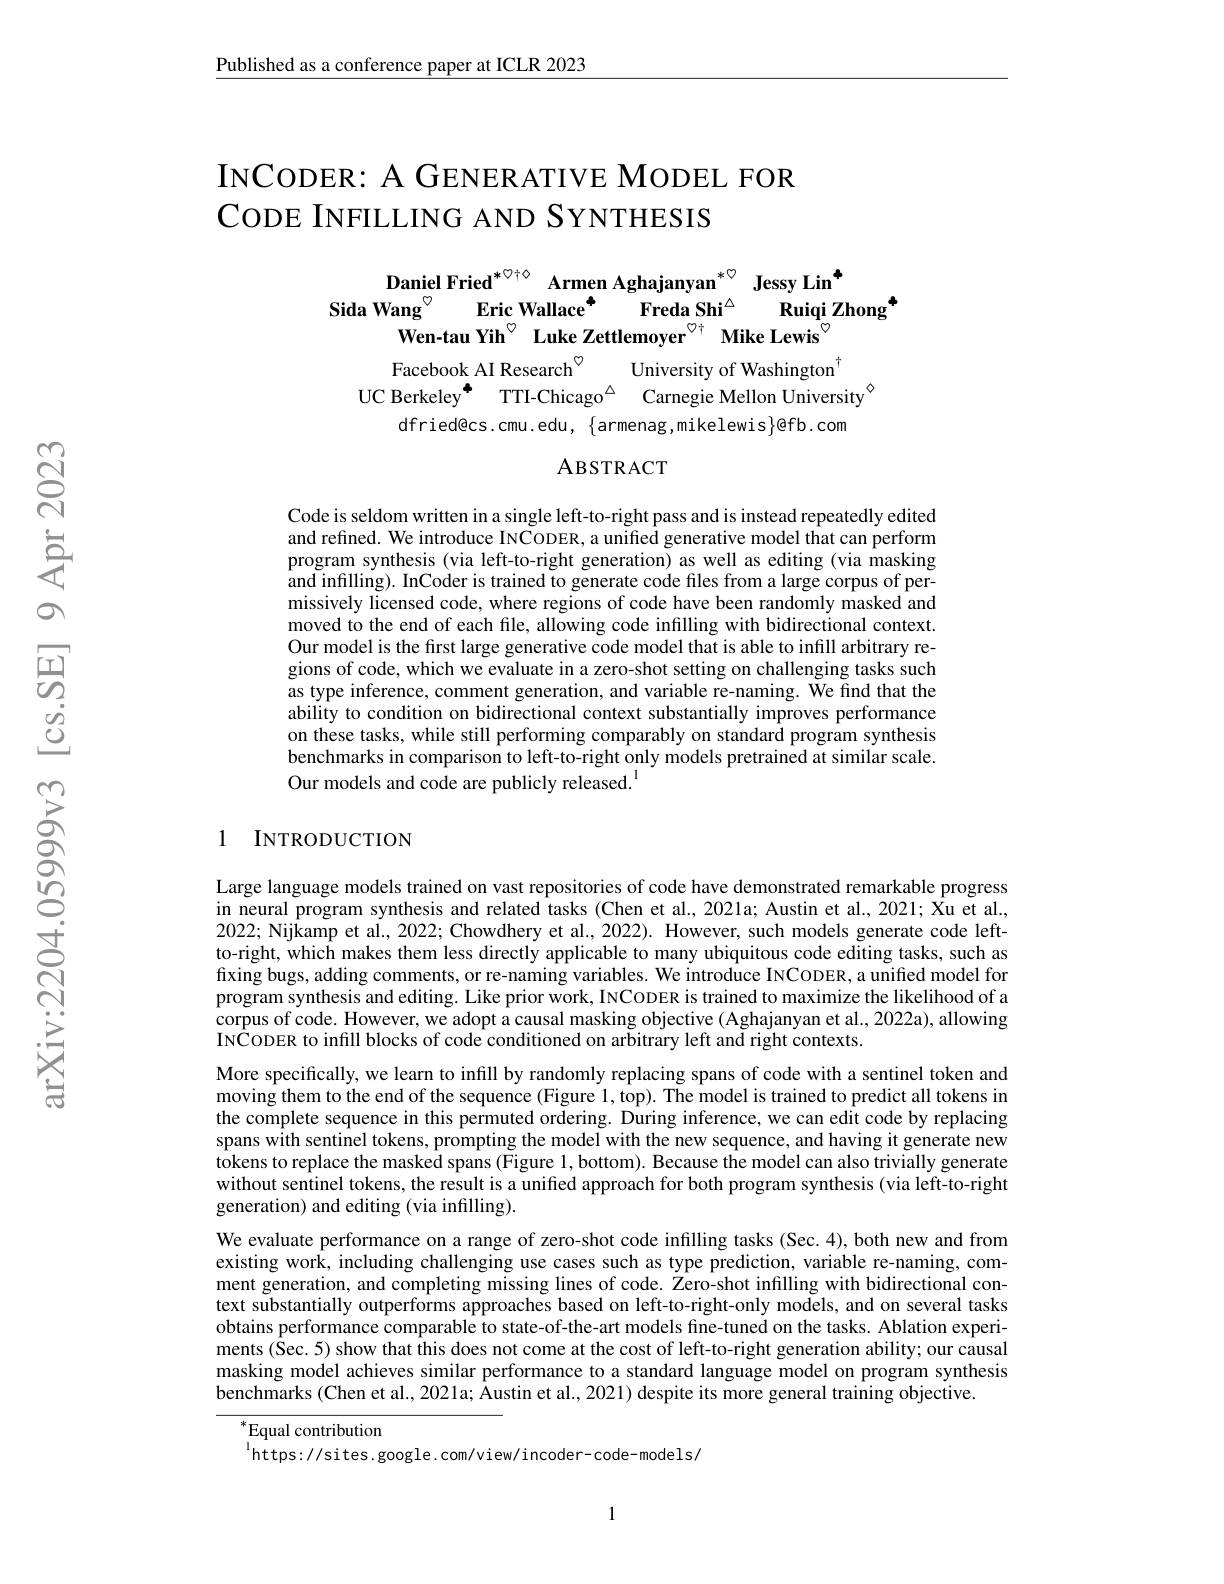
Published as a conference paper at ICLR 2023

# INCODER: A GENER ATIVE MODEL FOR CODE INFILLING AND SYNTHESIS

$\textbf{Daniel Fried}^{* \heartsuit \dagger \diamond }$ $\textbf{Armen Aghajanyan}^{* \heartsuit }$ $\textbf{Jessy Lin}^{\bullet }$
Freda Shi$^{\Delta}$
Sida Wang$^{\circ}$
Eric Wallace$^{\mathrm{\Phi}}$
$\mathrm{Ruiqi~Zhong}^{*}$
${\mathrm{Wen-tau~Yih}^{\circ}}$ Luke Zettlemoyer$^{\textcircled{7}\dagger}\textbf{Mike Lewis}^{\circ}$ Facebook AI Research$^{\circ}$ University of Washington$^{\dagger}$
UC Berkeley$^{\bullet }$ TTI-Chicago$^{\Delta }$ Carnegie Mellon University$^{\circ}$
dfried@cs.cmu.edu, $\{$armenag,mikelewis$\}$@fb.com

ABSTRACT

Code is seldom written in a single left-to-right pass and is instead repeatedly edited and refined. We introduce INCODER, a unified generative model that can perform program synthesis (via left-to-right generation) as well as editing (via masking and infilling). InCoder is trained to generate code files from a large corpus of permissively licensed code, where regions of code have been randomly masked and moved to the end of each file, allowing code infilling with bidirectional context. Our model is the first large generative code model that is able to infill arbitrary regions of code, which we evaluate in a zero-shot setting on challenging tasks such as type inference, comment generation, and variable re-naming. We find that the ability to condition on bidirectional context substantially improves performance on these tasks, while still performing comparably on standard program synthesis benchmarks in comparison to left-to-right only models pretrained at similar scale. Our models and code are publicly released.$^{1}$

### 1 INTRODUCTION

Large language models trained on vast repositories of code have demonstrated remarkable progress in neural program synthesis and related tasks (Chen et al., 2021a; Austin et al., 2021; Xu et al., 2022; Nijkamp et al., 2022; Chowdhery et al., 2022). However, such models generate code leftto-right, which makes them less directly applicable to many ubiquitous code editing tasks, such as fixing bugs, adding comments, or re-naming variables. We introduce INCODER, a unified model for program synthesis and editing. Like prior work, INCODER is trained to maximize the likelihood of a corpus of code. However, we adopt a causal masking objective ( Aghajanyan et al., 2022a), allowing INCODER to infill blocks of code conditioned on arbitrary left and right contexts.
More specifically, we learn to infill by randomly replacing spans of code with a sentinel token and moving them to the end of the sequence (Figure 1, top). The model is trained to predict all tokens in the complete sequence in this permuted ordering. During inference, we can edit code by replacing spans with sentinel tokens, prompting the model with the new sequence, and having it generate new tokens to replace the masked spans (Figure 1,bottom). Because the model can also trivially generate without sentinel tokens, the result is a unified approach for both program synthesis (via left-to-right generation) and editing (via infilling).
We evaluate performance on a range of zero-shot code infilling tasks (Sec.4), both new and from existing work, including challenging use cases such as type prediction, variable re-naming, comment generation, and completing missing lines of code. Zero-shot infilling with bidirectional context substantially outperforms approaches based on left-to-right-only modéls, and on several tasks obtains performance comparable to state-of-the-art models fine-tuned on the tasks. Ablation experiments (Sec. 5) show that this does not come at the cost of left-to-right generation ability; our causal masking model achieves similar performance to a standard language model on program synthesis benchmarks (Chen et al., 2021a; Austin et al., 2021) despite its more general training objective.

$^*$Equal contribution
$^{\mathrm{l}}$https://sites.google.com/view/incoder-code-models/

1